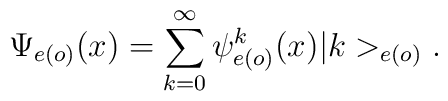
\Psi_{e(o)}(x)=\sum_{k=0}^{\infty}\psi^{k}_{e(o)}(x)|k>_{e(o)}.